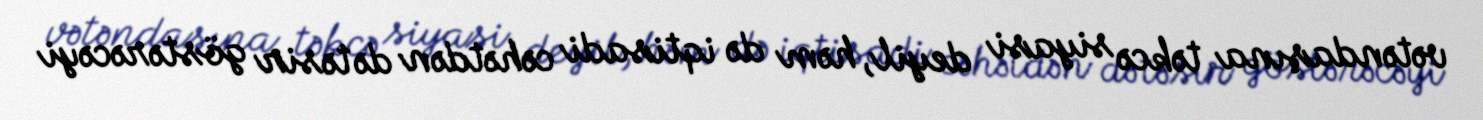
vətəndaşına təkcə siyasi deyil, həm də iqtisadi cəhətdən də təsir göstərəcəyi